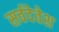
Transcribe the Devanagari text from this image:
सर्वदेवेश